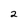
Character: 2